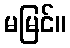
မမြင်။